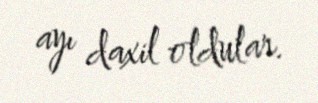
ayı daxil oldular.